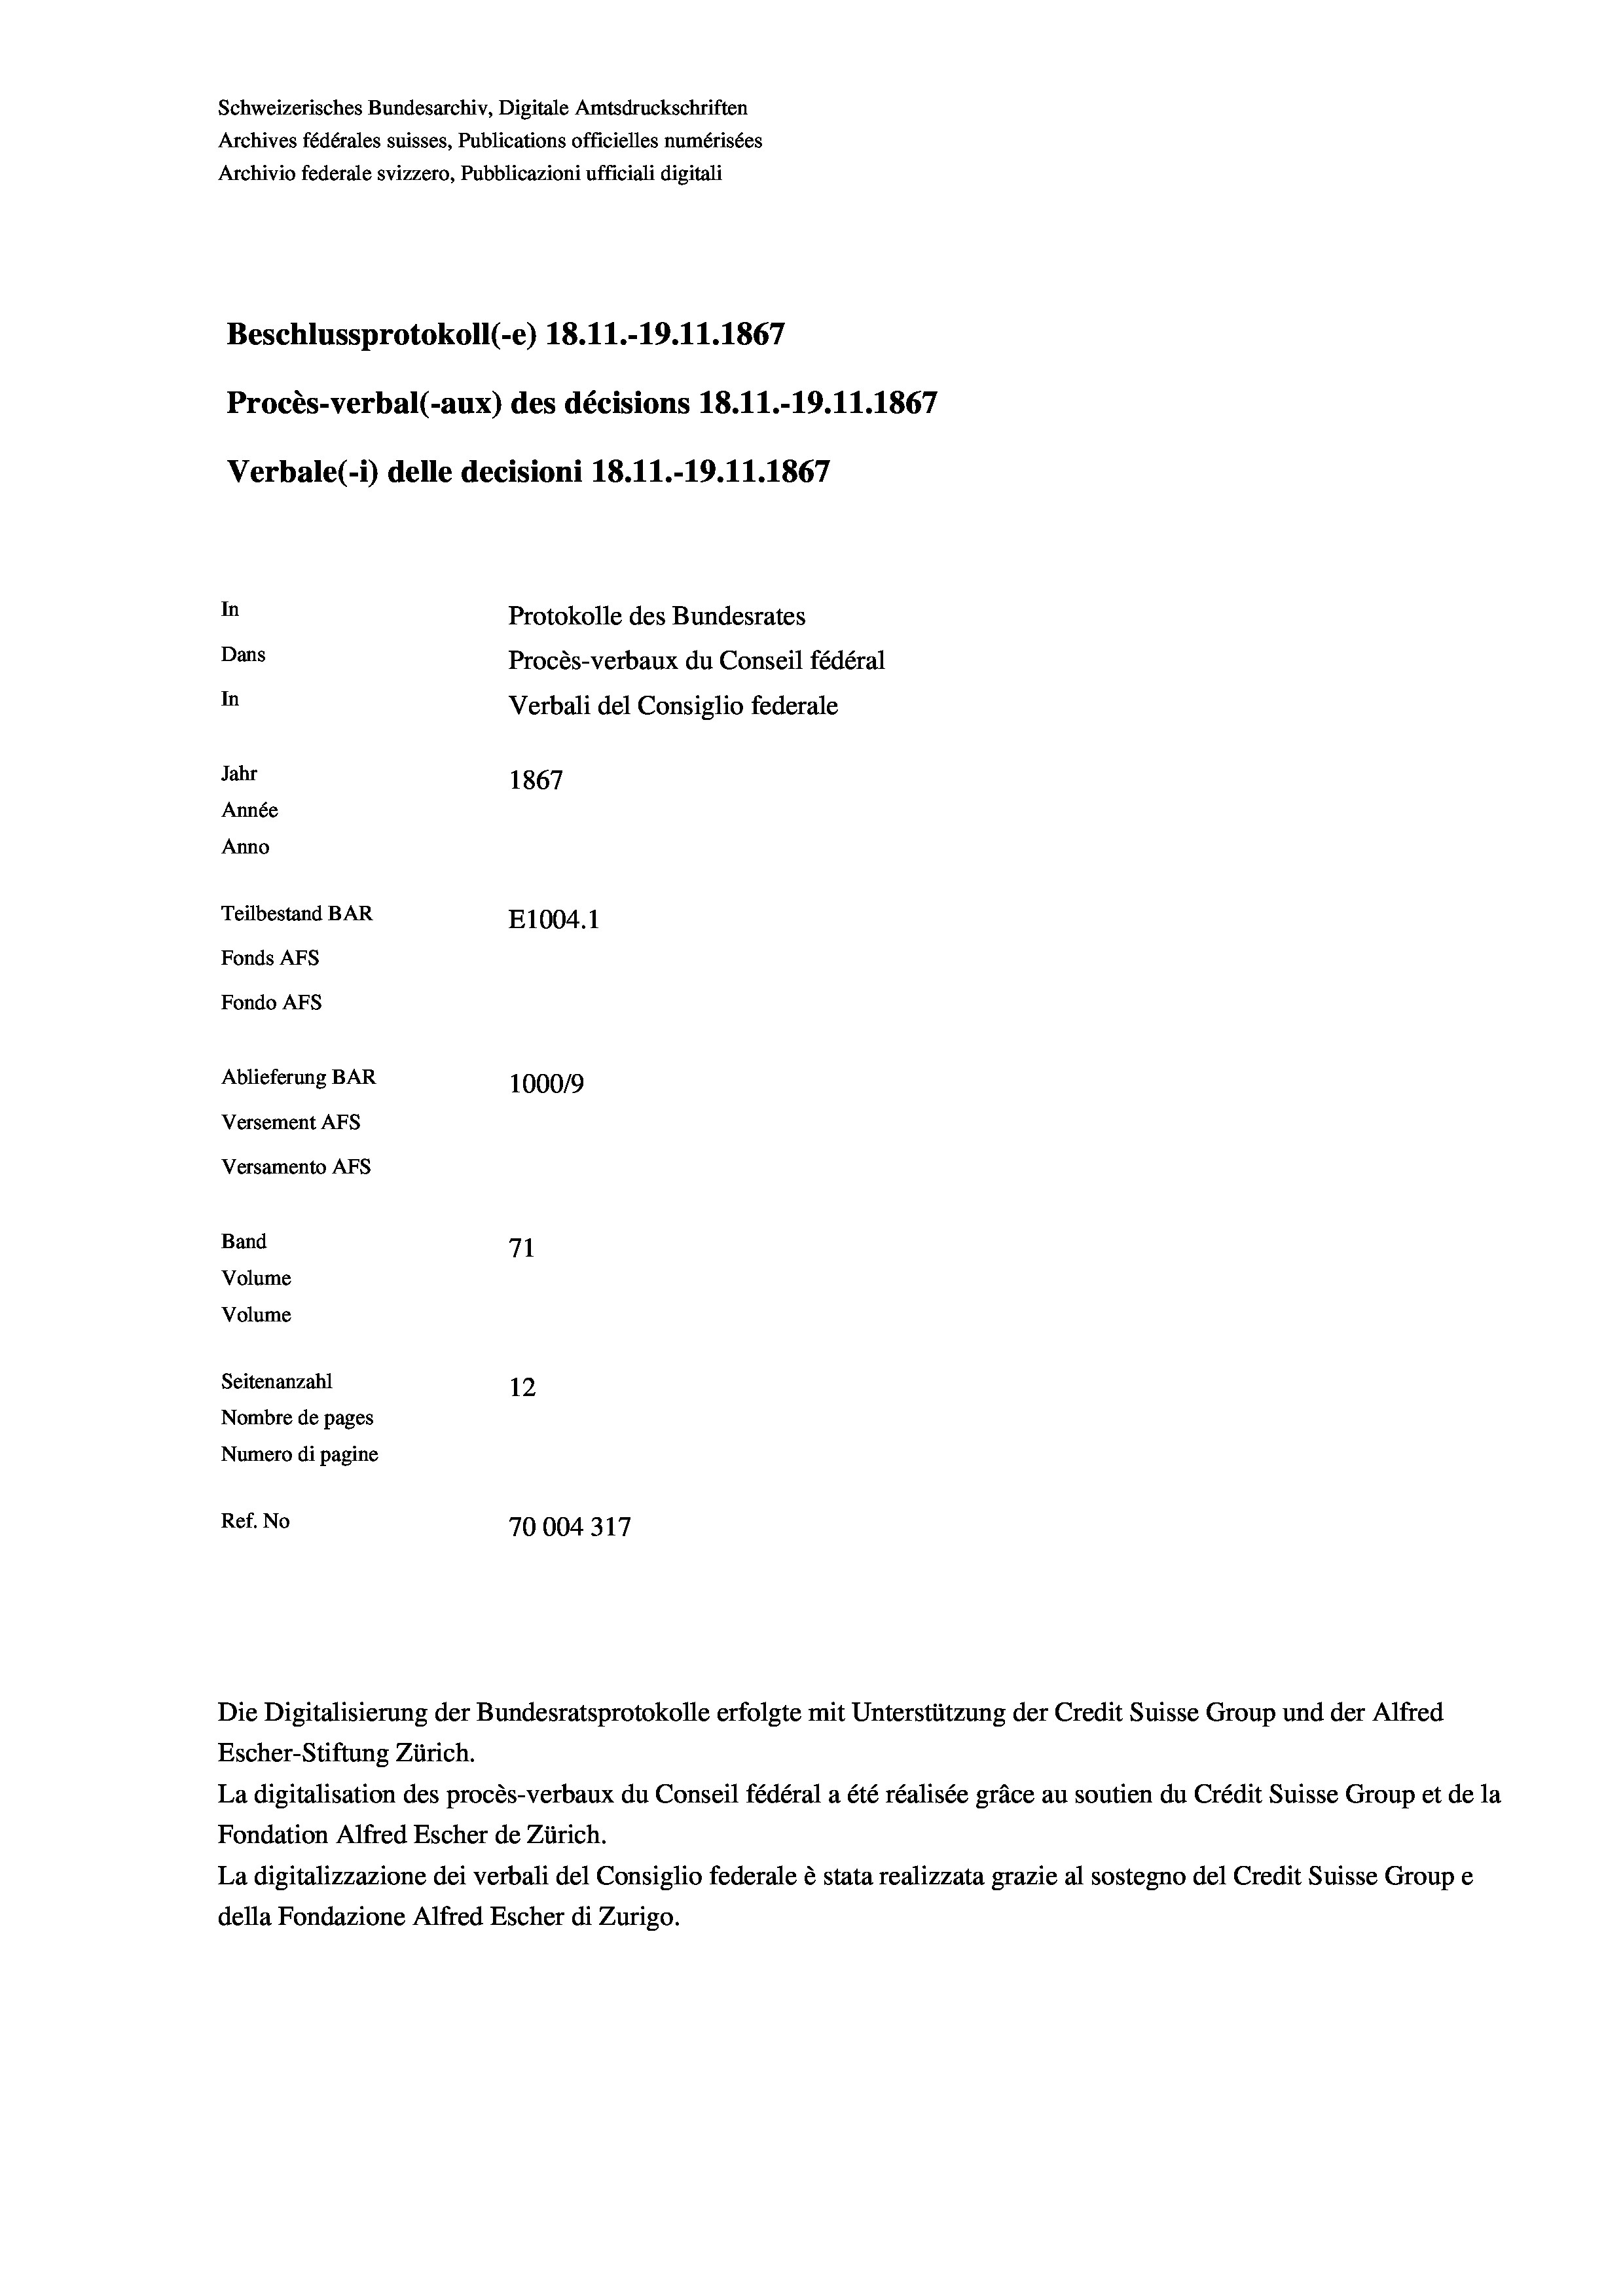
Schweizerisches Bundesarchiv, Digitale Amtsdruckschriften
Archives fédérales suisses, Publications officielles numérisées
Archivio federale svizzero, Pubblicazioni ufficiali digitali
Beschlussprotokoll (e) 18.11.-19.11.1867
Procès-verbal (-aux) des décisions 18.11.-19.11.1867
Verbale(-*) delle decisioni 18.11.-19.11.1867
In
Protokolle des Bundesrates
Dans
Procès-verbaux du Conseil fédéral
In
Verbali del Consiglio federale
Jahr
1867
Année
Anno
Teilbestand BAR
E1004.1
Fonds AFs
Fondo AFs

Ablieferung BAR
Versement AFs
Versamento AFs
Band
Volume
Volume
Seitenanzahl

100019
71
12
Nombre de pages
Numero di pagine
Ref. No
70004317

Escher-Stiftung Zürich.
La digitalisation des procès-verbaux du Conseil fédéral a été réalisée gräce au soutien du Crédit Suisse Group et de la
Fondation Alfred Escher de Zürich.
La digitalizzazione dei verbali del Consiglio federale è stata realizzata grazie al sostegno del Credit Suisse Groupe
della Fondazione Alfred Escher di Zurigo.

Die Digitalisierung der Bundesratsprotokolle erfolgte mit Unterstützung der Credit Suisse Group und der Alfred